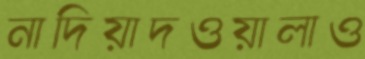
নাদিয়াদওয়ালাও